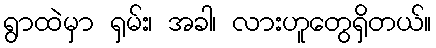
ရွာထဲမှာ ရှမ်း၊ အခါ၊ လားဟူတွေရှိတယ်။